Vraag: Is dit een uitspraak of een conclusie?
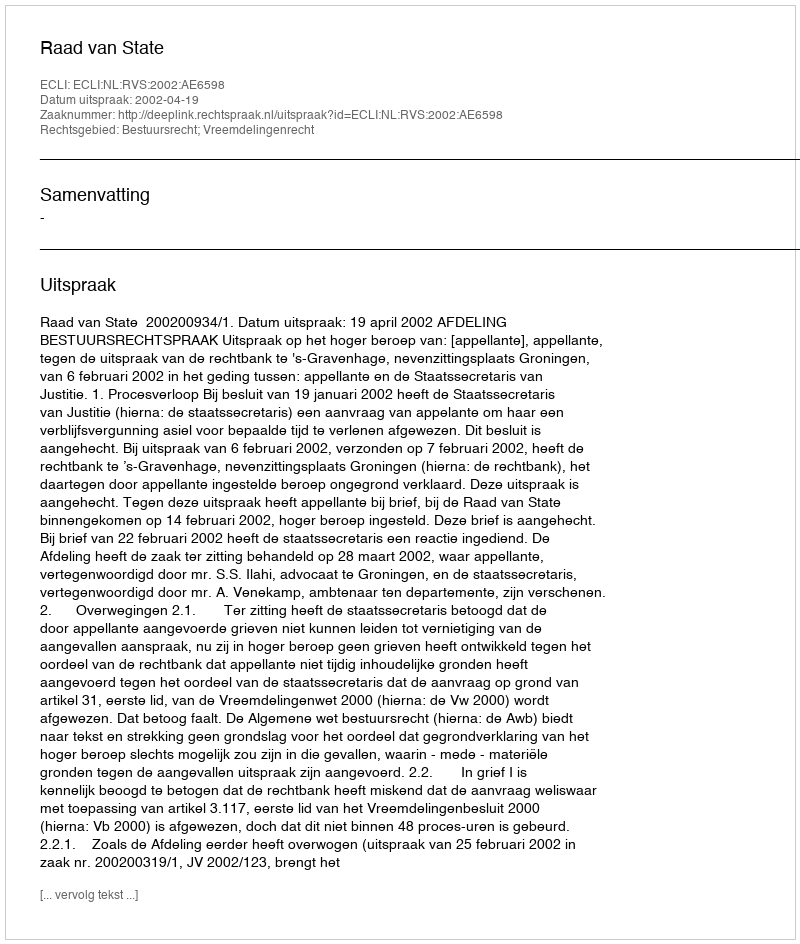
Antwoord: Uitspraak